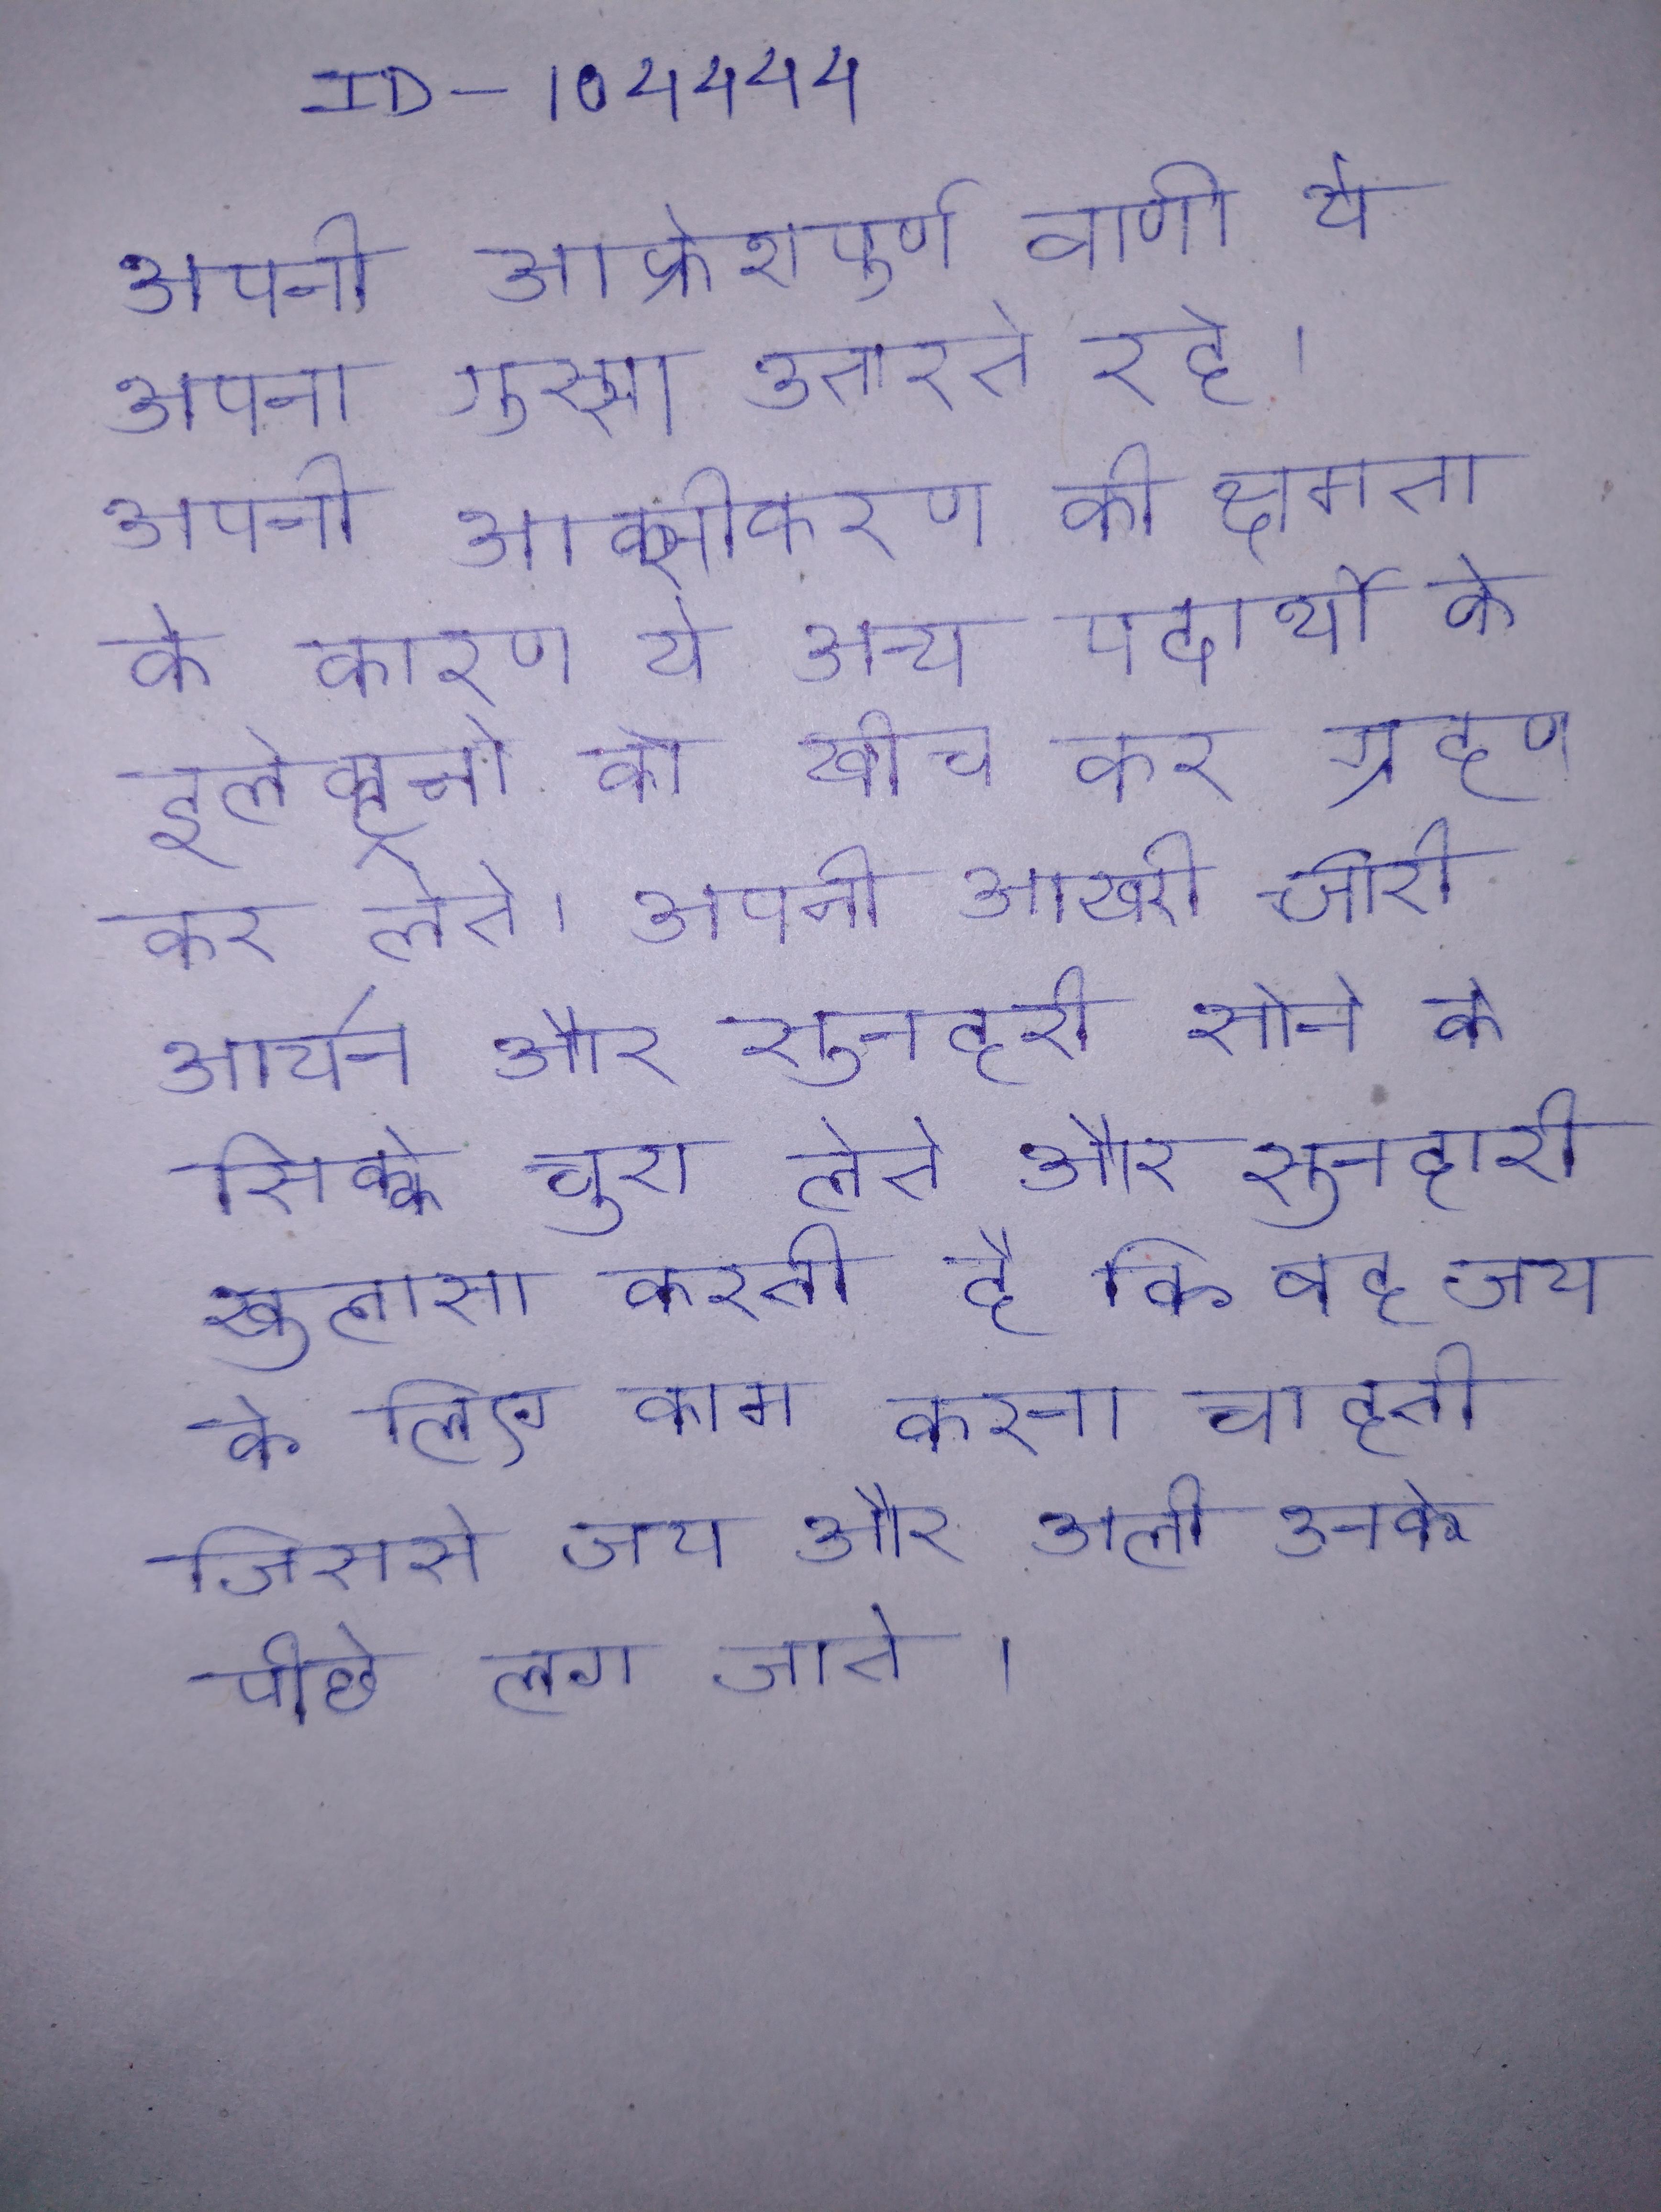
अपनी आक्रोशपूर्ण वाणी ये अपना गुस्सा उतारते रहे । अपनी आक्सीकरण की क्षमता के कारण ये अन्य पदार्थो के इलेक्ट्रानो को खीच कर ग्रहण कर लेते । अपनी आखरी चोरी आर्यन और सुनहरी सोने के सिक्के चुरा लेते और सुनहरी खुलासा करती है कि वह जय के लिए काम करना चाहती जिससे जय और अली उनके पीछे लग जाते ।